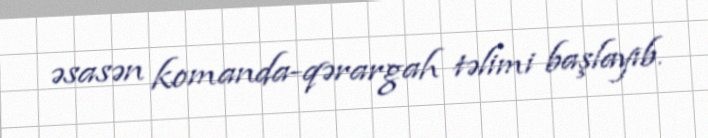
əsasən komanda-qərargah təlimi başlayıb.